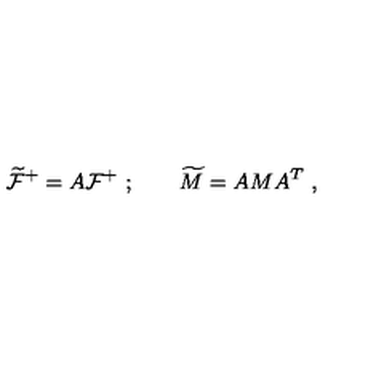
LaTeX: \widetilde { \cal F } ^ { + } = A { \cal F } ^ { + } \ ; \qquad \widetilde M = A M A ^ { T } \ ,